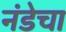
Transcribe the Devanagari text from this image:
नंडेचा